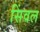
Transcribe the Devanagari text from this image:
सिंवल